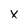
Character: x